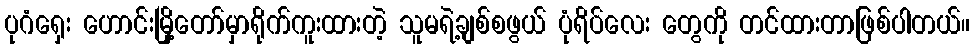
ပုဂံရှေး ဟောင်းမြို့တော်မှာရိုက်ကူးထားတဲ့ သူမရဲ့ချစ်စဖွယ် ပုံရိပ်လေး တွေကို တင်ထားတာဖြစ်ပါတယ်။